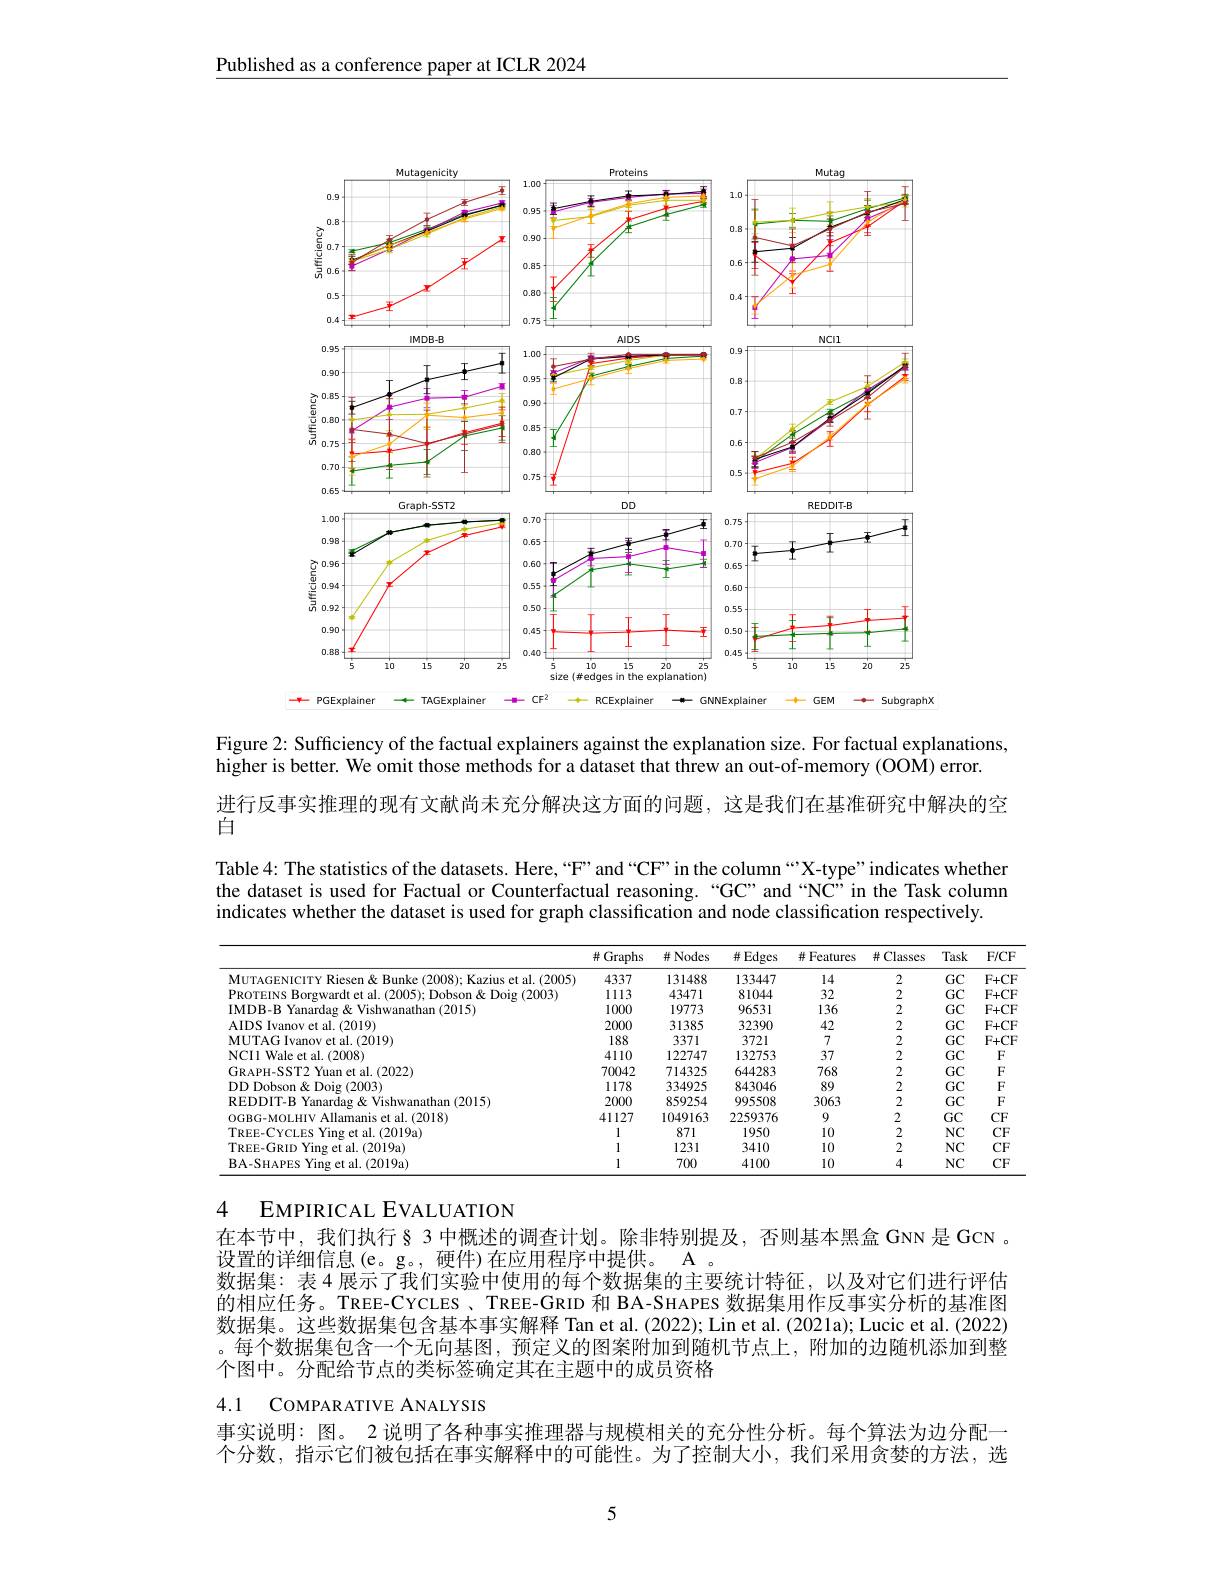
Published as a conference paper at ICLR 2024

<FigureHere>

Figure 2: Sufficiency of the factual explainers against the explanation size. For factual explanations,
higher is better. We omit those methods for a dataset that threw an out-of-memory (OOM) error.

进行反事实推理的现有文献尚未充分解决这方面的问题，这是我们在基准研究中解决的空

白

Table 4: The statistics of the datasets. Here, “F”and“CF”in the column“X-type”indicates whether the dataset is used for Factual or Counterfactual reasoning.“GC”and “NC” in the Task column indicates whether the dataset is used for graph classification and node classification respectively

<table>
	<tbody>
		<tr>
			<th> </th>
			<th>并 Graphs</th>
			<th>并 Nodes</th>
			<th>$\#Edges$</th>
			<th>并 Features</th>
			<th>并 Classes</th>
			<th>Task</th>
			<th>$F/CF$</th>
		</tr>
		<tr>
			<td>(2005</td>
			<td>4337</td>
			<td>131488</td>
			<td>133447</td>
			<td>14</td>
			<td>2</td>
			<td>$GC$</td>
			<td>$F+CF$</td>
		</tr>
		<tr>
			<td>Inhson a $X|m$ 2003</td>
			<td>1113</td>
			<td>43471</td>
			<td>81044</td>
			<td>32</td>
			<td>2</td>
			<td>$GC$</td>
			<td>$F+CF$</td>
		</tr>
		<tr>
			<td>1/2015</td>
			<td>1000</td>
			<td>19773</td>
			<td>96531</td>
			<td>136</td>
			<td>2</td>
			<td>$GC$</td>
			<td>$F+CF$</td>
		</tr>
		<tr>
			<td>et al.(2019)</td>
			<td>2000</td>
			<td>31385</td>
			<td>32390</td>
			<td>42</td>
			<td>2</td>
			<td>$GC$</td>
			<td>$F+CF$</td>
		</tr>
		<tr>
			<td>111 $et$ $al. ( 2019)$</td>
			<td>188</td>
			<td>3371</td>
			<td>3721</td>
			<td>7</td>
			<td>2</td>
			<td>$GC$</td>
			<td>$F+CF$</td>
		</tr>
		<tr>
			<td>Walet l. ( 2008) </td>
			<td>4110</td>
			<td>122747</td>
			<td>132753</td>
			<td>37</td>
			<td>2</td>
			<td>$GC$</td>
			<td>$F$</td>
		</tr>
		<tr>
			<td>$al.(2022)$</td>
			<td>70042</td>
			<td>714325</td>
			<td>644283</td>
			<td>768</td>
			<td>2</td>
			<td>$GC$</td>
			<td>$F$</td>
		</tr>
		<tr>
			<td>2003</td>
			<td>1178</td>
			<td>334925</td>
			<td>843046</td>
			<td>89</td>
			<td>2</td>
			<td>$GC$</td>
			<td>$F$</td>
		</tr>
		<tr>
			<td>than (2015</td>
			<td>2000</td>
			<td>859254</td>
			<td>995508</td>
			<td>3063</td>
			<td>2</td>
			<td>$GC$</td>
			<td>$F$</td>
		</tr>
		<tr>
			<td>(2018)</td>
			<td>41127</td>
			<td>1049163</td>
			<td>2259376</td>
			<td>9</td>
			<td>2</td>
			<td>GC</td>
			<td>$CF$</td>
		</tr>
		<tr>
			<td>$1.(2019a)$</td>
			<td>1</td>
			<td>871</td>
			<td>1950</td>
			<td>10</td>
			<td>2</td>
			<td>$NC$</td>
			<td>$CF$</td>
		</tr>
		<tr>
			<td>r $\rho f$ al $\mathbf{L}.(2019$a</td>
			<td>1</td>
			<td>1231</td>
			<td>3410</td>
			<td>10</td>
			<td>2</td>
			<td>$NC$</td>
			<td>$CF$</td>
		</tr>
		<tr>
			<td>et al.(2019a) 1no p</td>
			<td>1</td>
			<td>700</td>
			<td>4100</td>
			<td>10</td>
			<td>4</td>
			<td>$NC$</td>
			<td>$CF$</td>
		</tr>
	</tbody>
</table>

4 EMPIRICAL EVALUATION

在本节中，我们执行§ 3 中概述的调查计划。除非特别提及，否则基本黑盒 GNN 是 GCN 。
设置的详细信息(e。g。, 硬件)在应用程序中提供。A 。
数据集：表 4 展示了我们实验中使用的每个数据集的主要统计特征，以及对它们进行评估的相应任务。TREE-CYCLES、TREE-GRID 和 BA-SHAPES 数据集用作反事实分析的基准图数据集。这些数据集包含基本事实解释 Tan et al.(2022); Lin et al.(2021a); Lucic et al. (2022) 。每个数据集包含一个无向基图，预定义的图案附加到随机节点上，附加的边随机添加到整个图中。分配给节点的类标签确定其在主题中的成员资格

4.1 COMPARATIVE ANALYSIS

事实说明：图。 2 说明了各种事实推理器与规模相关的充分性分析。每个算法为边分配一

个分数，指示它们被包括在事实解释中的可能性。为了控制大小，我们采用贪婪的方法，选

5